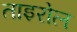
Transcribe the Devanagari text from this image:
ताइरोल